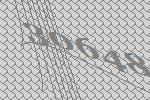
30648